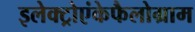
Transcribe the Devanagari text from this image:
इलेक्ट्रोएंकेफैलोग्राम